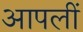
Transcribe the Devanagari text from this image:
आपलीं